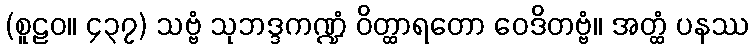
(စူဠဝ။ ၄၃၇) သဗ္ဗံ သုဘဒ္ဒကဏ္ဍံ ဝိတ္ထာရတော ဝေဒိတဗ္ဗံ။ အတ္ထံ ပနဿ